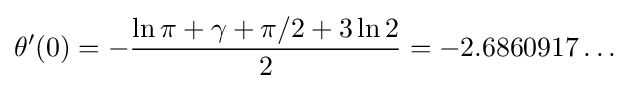
\theta ^{\prime }(0)=-{\frac {\ln \pi +\gamma +\pi /2+3\ln 2}{2}}=-2.6860917\ldots